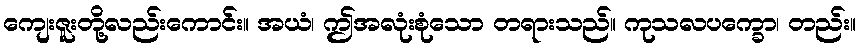
ကျေးဇူးတို့လည်းကောင်း။ အယံ၊ ဤအလုံးစုံသော တရားသည်။ ကုသလပက္ခော၊ တည်း။